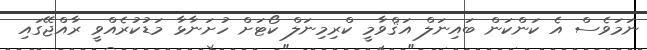
ނަމަވެސް އެ ކަންކަން ބައިނަލް އަޤްވާމީ ކްރިމިނަލް ކޯޓަށް ހުށަނާޅާ މަޑުކުރެއްވީ ރާއްޖޭގައި